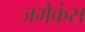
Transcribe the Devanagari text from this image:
जमैकंस